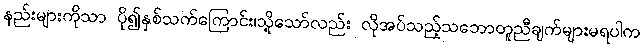
နည်းများကိုသာ ပို၍နှစ်သက်ကြောင်း၊သို့သော်လည်း လိုအပ်သည့်သဘောတူညီချက်များမရပါက